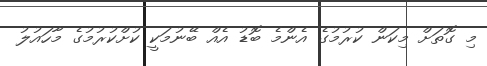
މި ގޮތަށް މިކަން ކުރުމުގެ އެންމެ ބޮޑު އެއް ބޭނުމަކީ ކުށްކުރުމުގެ މާހައުލު